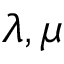
\lambda , \mu